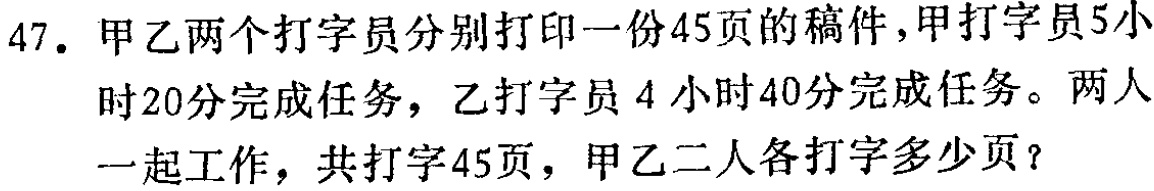
47. 甲乙两个打字员分别打印一份45页的稿件,甲打字员5小时20分完成任务，乙打字员4小时40分完成任务。两人一起工作，共打字45页，甲乙二人各打字多少页？